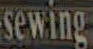
sewing